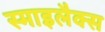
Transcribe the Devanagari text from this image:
स्माइलैक्स